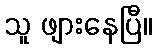
သူ ဖျားနေပြီ။